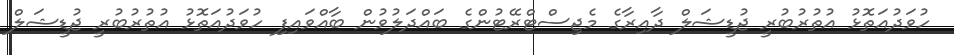
ހުވަދުއަތޮޅު އުތުރުބުރީ ޖުޑީޝަލް ދާއިރާގެ މެޖިސްޓްރޭޓުންގެ ބައްދަލުވުން ބާއްވައިފި ހުވަދުއަތޮޅު އުތުރުބުރީ ޖުޑީޝަލް